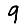
Digit: 9